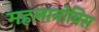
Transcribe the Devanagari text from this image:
महलानोबिस